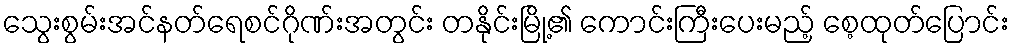
သွေးစွမ်းအင်နတ်ရေစင်ဂိုဏ်းအတွင်း တနိုင်းမြို့၏ ကောင်းကြီးပေးမည့် စေ့ထုတ်ပြောင်း